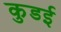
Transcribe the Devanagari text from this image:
कुडई